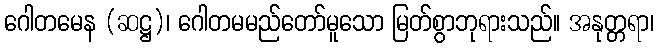
ဂေါတမေန (ဆဋ္ဌ)၊ ဂေါတမမည်တော်မူသော မြတ်စွာဘုရားသည်။ အနုတ္တရာ၊